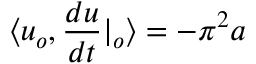
\langle u _ { o } , \frac { d u } { d t } | _ { o } \rangle = - \pi ^ { 2 } a